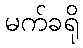
မက်ခရို